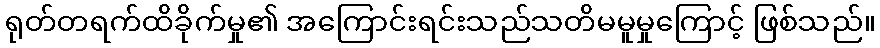
ရုတ်တရက်ထိခိုက်မှု၏ အကြောင်းရင်းသည်သတိမမူမှုကြောင့် ဖြစ်သည်။